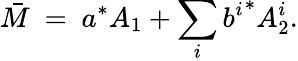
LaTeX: \bar{M}\ =\ a^{\ast}A_{1}+\sum_{i}{b^{i}}^{\ast}A_{2}^{i}.